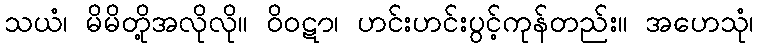
သယံ၊ မိမိတို့အလိုလို။ ဝိဝဋာ၊ ဟင်းဟင်းပွင့်ကုန်တည်း။ အဟေသုံ၊